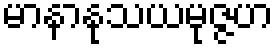
မာနာနုသယမုဇ္ဇဟ